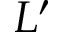
L ^ { \prime }